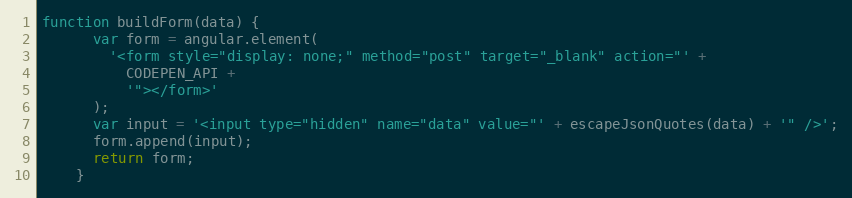
Language: JavaScript
function buildForm(data) {
      var form = angular.element(
        '<form style="display: none;" method="post" target="_blank" action="' +
          CODEPEN_API +
          '"></form>'
      );
      var input = '<input type="hidden" name="data" value="' + escapeJsonQuotes(data) + '" />';
      form.append(input);
      return form;
    }